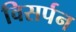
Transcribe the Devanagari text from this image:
विसर्पन